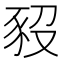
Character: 𧰱